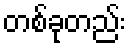
တစ်ခုတည်း